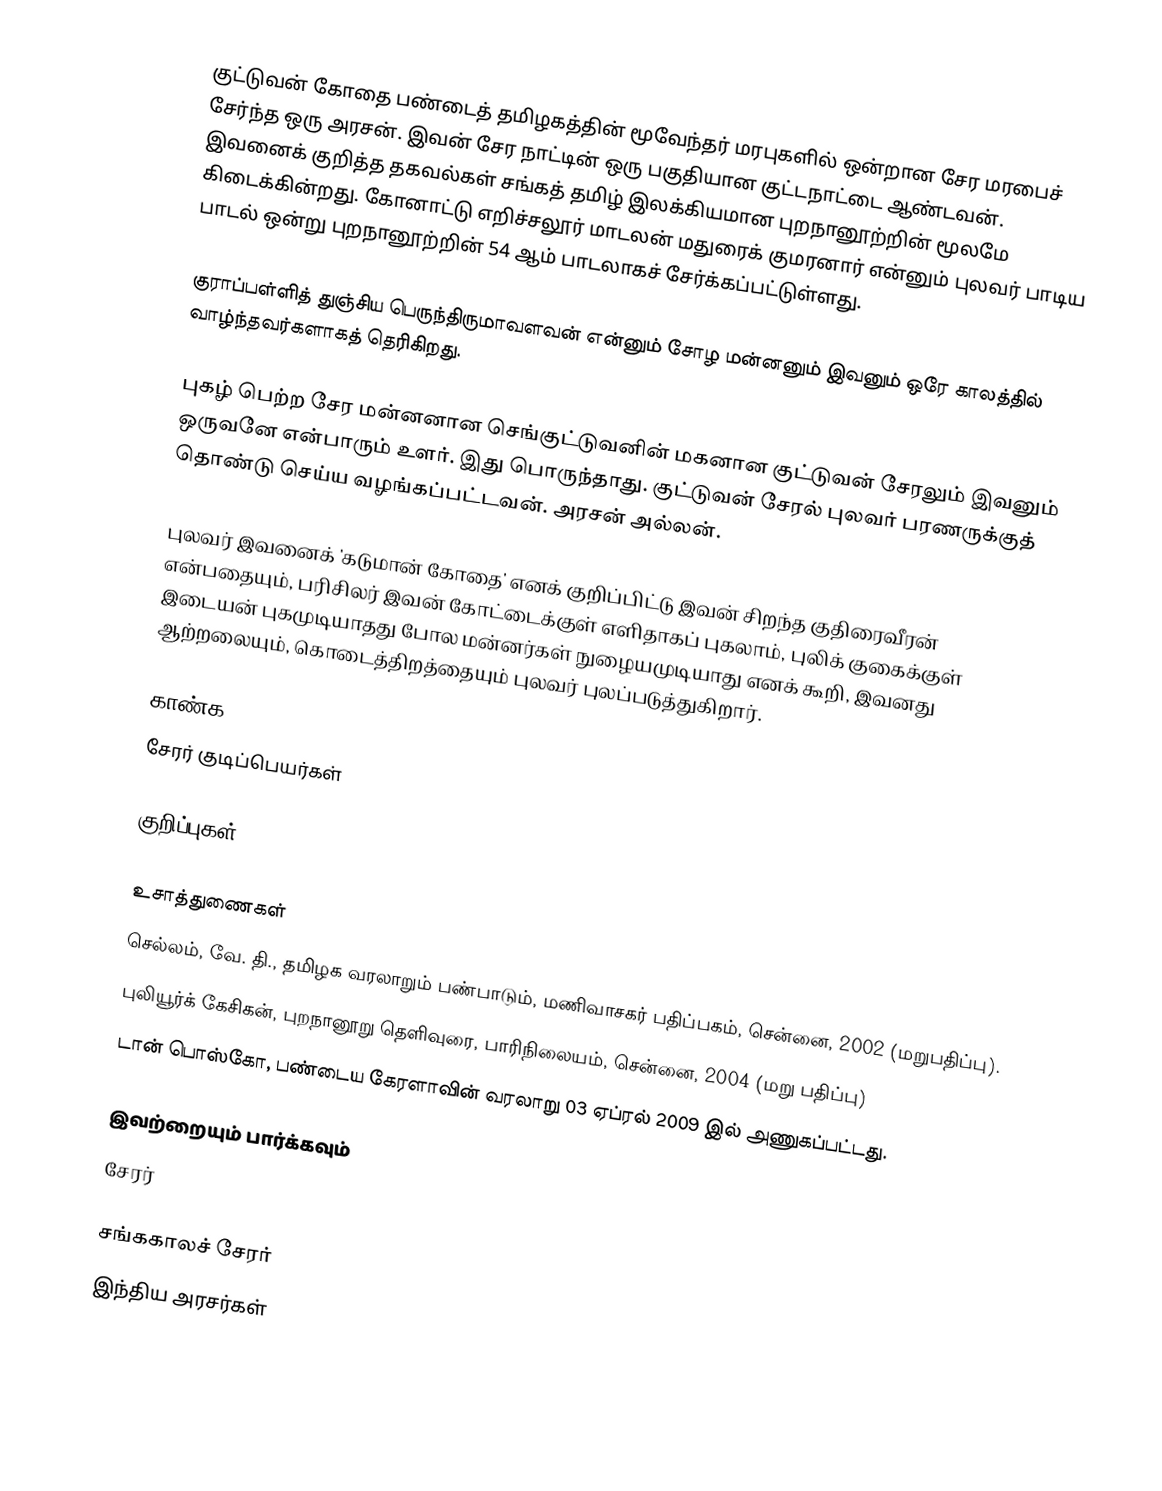
குட்டுவன் கோதை பண்டைத் தமிழகத்தின் மூவேந்தர் மரபுகளில் ஒன்றான சேர மரபைச் சேர்ந்த ஒரு அரசன். இவன் சேர நாட்டின் ஒரு பகுதியான குட்டநாட்டை ஆண்டவன். இவனைக் குறித்த தகவல்கள் சங்கத் தமிழ் இலக்கியமான புறநானூற்றின் மூலமே கிடைக்கின்றது. கோனாட்டு எறிச்சலூர் மாடலன் மதுரைக் குமரனார் என்னும் புலவர் பாடிய பாடல் ஒன்று புறநானூற்றின் 54 ஆம் பாடலாகச் சேர்க்கப்பட்டுள்ளது.

குராப்பள்ளித் துஞ்சிய பெருந்திருமாவளவன் என்னும் சோழ மன்னனும் இவனும் ஒரே காலத்தில் வாழ்ந்தவர்களாகத் தெரிகிறது.

புகழ் பெற்ற சேர மன்னனான செங்குட்டுவனின் மகனான குட்டுவன் சேரலும் இவனும் ஒருவனே என்பாரும் உளர். இது பொருந்தாது. குட்டுவன் சேரல் புலவர் பரணருக்குத் தொண்டு செய்ய வழங்கப்பட்டவன். அரசன் அல்லன்.

புலவர் இவனைக் 'கடுமான் கோதை' எனக் குறிப்பிட்டு இவன் சிறந்த குதிரைவீரன் என்பதையும், பரிசிலர் இவன் கோட்டைக்குள் எளிதாகப் புகலாம், புலிக் குகைக்குள் இடையன் புகமுடியாதது போல மன்னர்கள் நுழையமுடியாது எனக் கூறி, இவனது ஆற்றலையும், கொடைத்திறத்தையும் புலவர் புலப்படுத்துகிறார்.

காண்க
 சேரர் குடிப்பெயர்கள்

குறிப்புகள்

உசாத்துணைகள்
 செல்லம், வே. தி., தமிழக வரலாறும் பண்பாடும், மணிவாசகர் பதிப்பகம், சென்னை, 2002 (மறுபதிப்பு).
 புலியூர்க் கேசிகன், புறநானூறு தெளிவுரை, பாரிநிலையம், சென்னை, 2004 (மறு பதிப்பு)
 டான் பொஸ்கோ, பண்டைய கேரளாவின் வரலாறு 03 ஏப்ரல் 2009 இல் அணுகப்பட்டது.

இவற்றையும் பார்க்கவும்
 சேரர்

சங்ககாலச் சேரர்
இந்திய அரசர்கள்